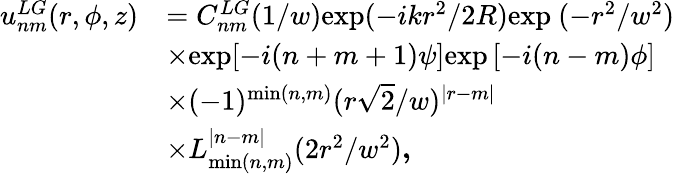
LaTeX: \begin{array}{rl}{u_{nm}^{LG}(r,\phi,z)}&{=C_{nm}^{LG}(1/w)\mathrm{exp}(-ikr^{2}/2R)\mathrm{exp~}(-r^{2}/w^{2})}\\ &{\times\mathrm{exp}[-i(n+m+1)\psi]\mathrm{exp}\left[-i(n-m)\phi\right]}\\ &{\times(-1)^{\mathrm{min}(n,m)}(r\sqrt 2/w)^{\left|r-m\right|}}\\ &{\times L_{\mathrm{min}(n,m)}^{\left|n-m\right|}(2r^{2}/w^{2})\textbf{,}}\end{array}